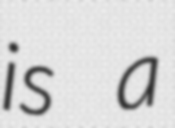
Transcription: is a